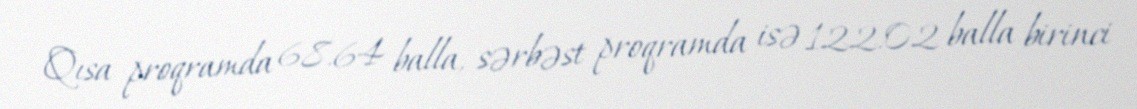
Qısa proqramda 68.64 balla, sərbəst proqramda isə 122.02 balla birinci